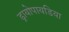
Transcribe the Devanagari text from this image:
ड्रायोपायडिया